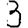
Digit: 3